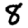
Digit: 8